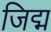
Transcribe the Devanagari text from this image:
जिद्म